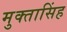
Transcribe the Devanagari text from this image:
मुक्तासिंह